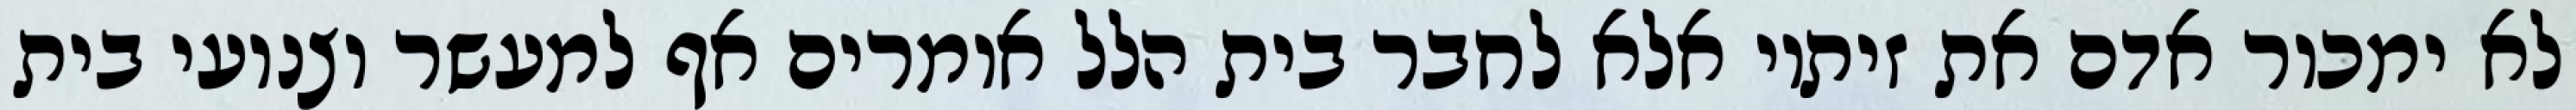
לא ימכור אדם את זיתיו אלא לחבר בית הלל אומרים אף למעשר וצנועי בית